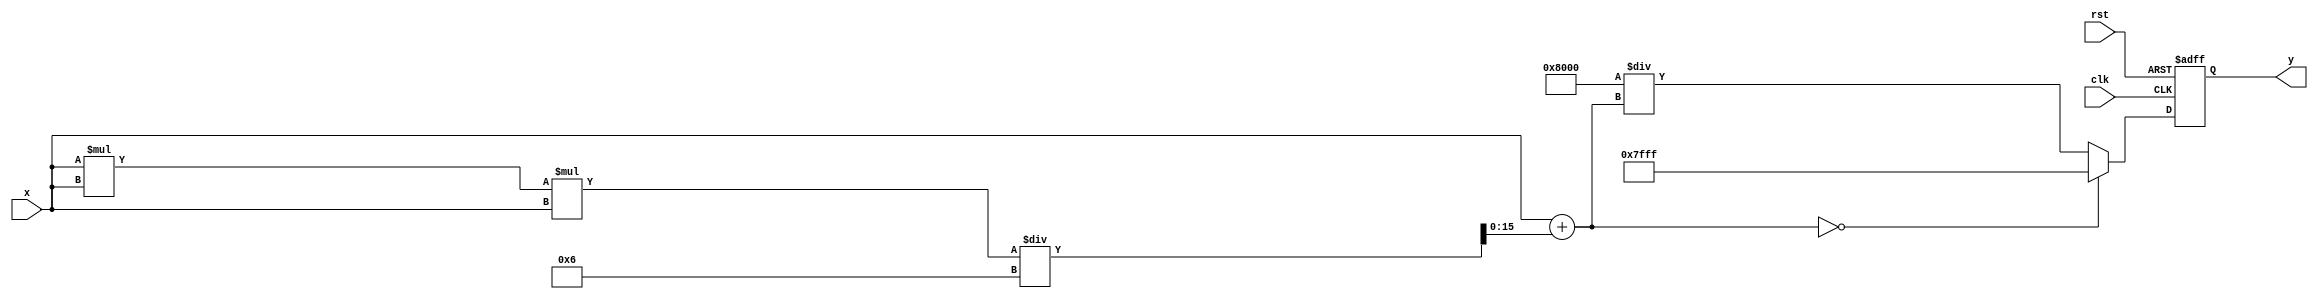
module csch (
    input  wire signed [15:0] x,    // Input value (fixed-point representation, 16 bits)
    output reg  signed [15:0] y,     // Output value (fixed-point representation, 16 bits)
    input  wire clk,                  // Clock signal
    input  wire rst                   // Reset signal
);

    // Internal signals
    reg signed [15:0] sinh_x;         // Hyperbolic sine of x
    reg signed [15:0] reciprocal;      // Reciprocal of sinh(x)

    // Hyperbolic sine approximation using Taylor series (for small values of x)
    function signed [15:0] sinh;
        input signed [15:0] x;
        begin
            // For small values, we can use the first two terms of the Taylor series
            // sinh(x) = x + x^3/6 (approximation for small x)
            sinh = x + (x * x * x) / 6;
        end
    endfunction

    // Reciprocal calculation (simple approximation)
    function signed [15:0] rec;
        input signed [15:0] val;
        begin
            // Avoid division by zero
            if (val == 0) begin
                rec = 16'h7FFF; // Representing infinity or a large number
            end else begin
                rec = (16'h0001 << 15) / val; // Approximation of 1/val
            end
        end
    endfunction

    // Main process
    always @(posedge clk or posedge rst) begin
        if (rst) begin
            y <= 16'h0000; // Reset output
        end else begin
            // Compute sinh(x)
            sinh_x = sinh(x);
            // Compute csch(x) = 1/sinh(x)
            reciprocal = rec(sinh_x);
            y <= reciprocal; // Output the result
        end
    end

endmodule